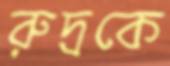
রুদ্রকে